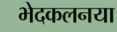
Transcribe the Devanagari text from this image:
भेदकलनया